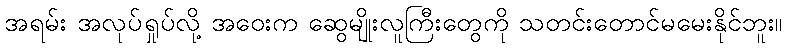
အရမ်း အလုပ်ရှုပ်လို့ အဝေးက ဆွေမျိုးလူကြီးတွေကို သတင်းတောင်မမေးနိုင်ဘူး။